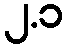
၂.၁